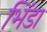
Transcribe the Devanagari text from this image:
भिंडा